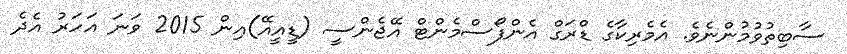
ސާބިތުވުމުންނެވެ. އެމެރިކާގެ ޑްރަގް އެންފޯސްމެންޓް އޭޖެންސީ (ޑީއީއޭ)އިން 2015 ވަނަ އަހަރު އެދެ